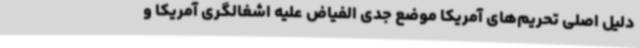
دلیل اصلی تحریم‌های آمریکا موضع جدی الفیاض علیه اشغالگری آمریکا و